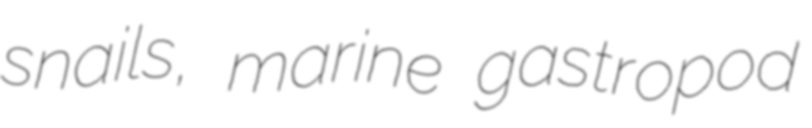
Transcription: snails, marine gastropod